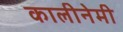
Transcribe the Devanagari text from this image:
कालीनेमी